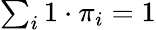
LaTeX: \textstyle\sum_{i}1\cdot\pi_{i}=1